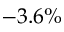
- 3 . 6 \%